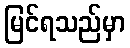
မြင်ရသည်မှာ